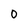
Character: D